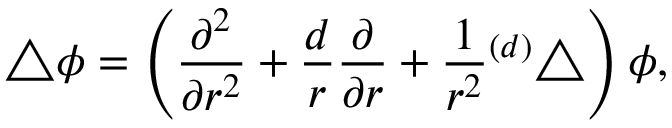
\bigtriangleup \phi = \left( { \frac { \partial ^ { 2 } } { \partial r ^ { 2 } } } + { \frac { d } { r } } { \frac { \partial } { \partial r } } + { \frac { 1 } { r ^ { 2 } } } { } ^ { ( d ) } \bigtriangleup \right) \phi ,